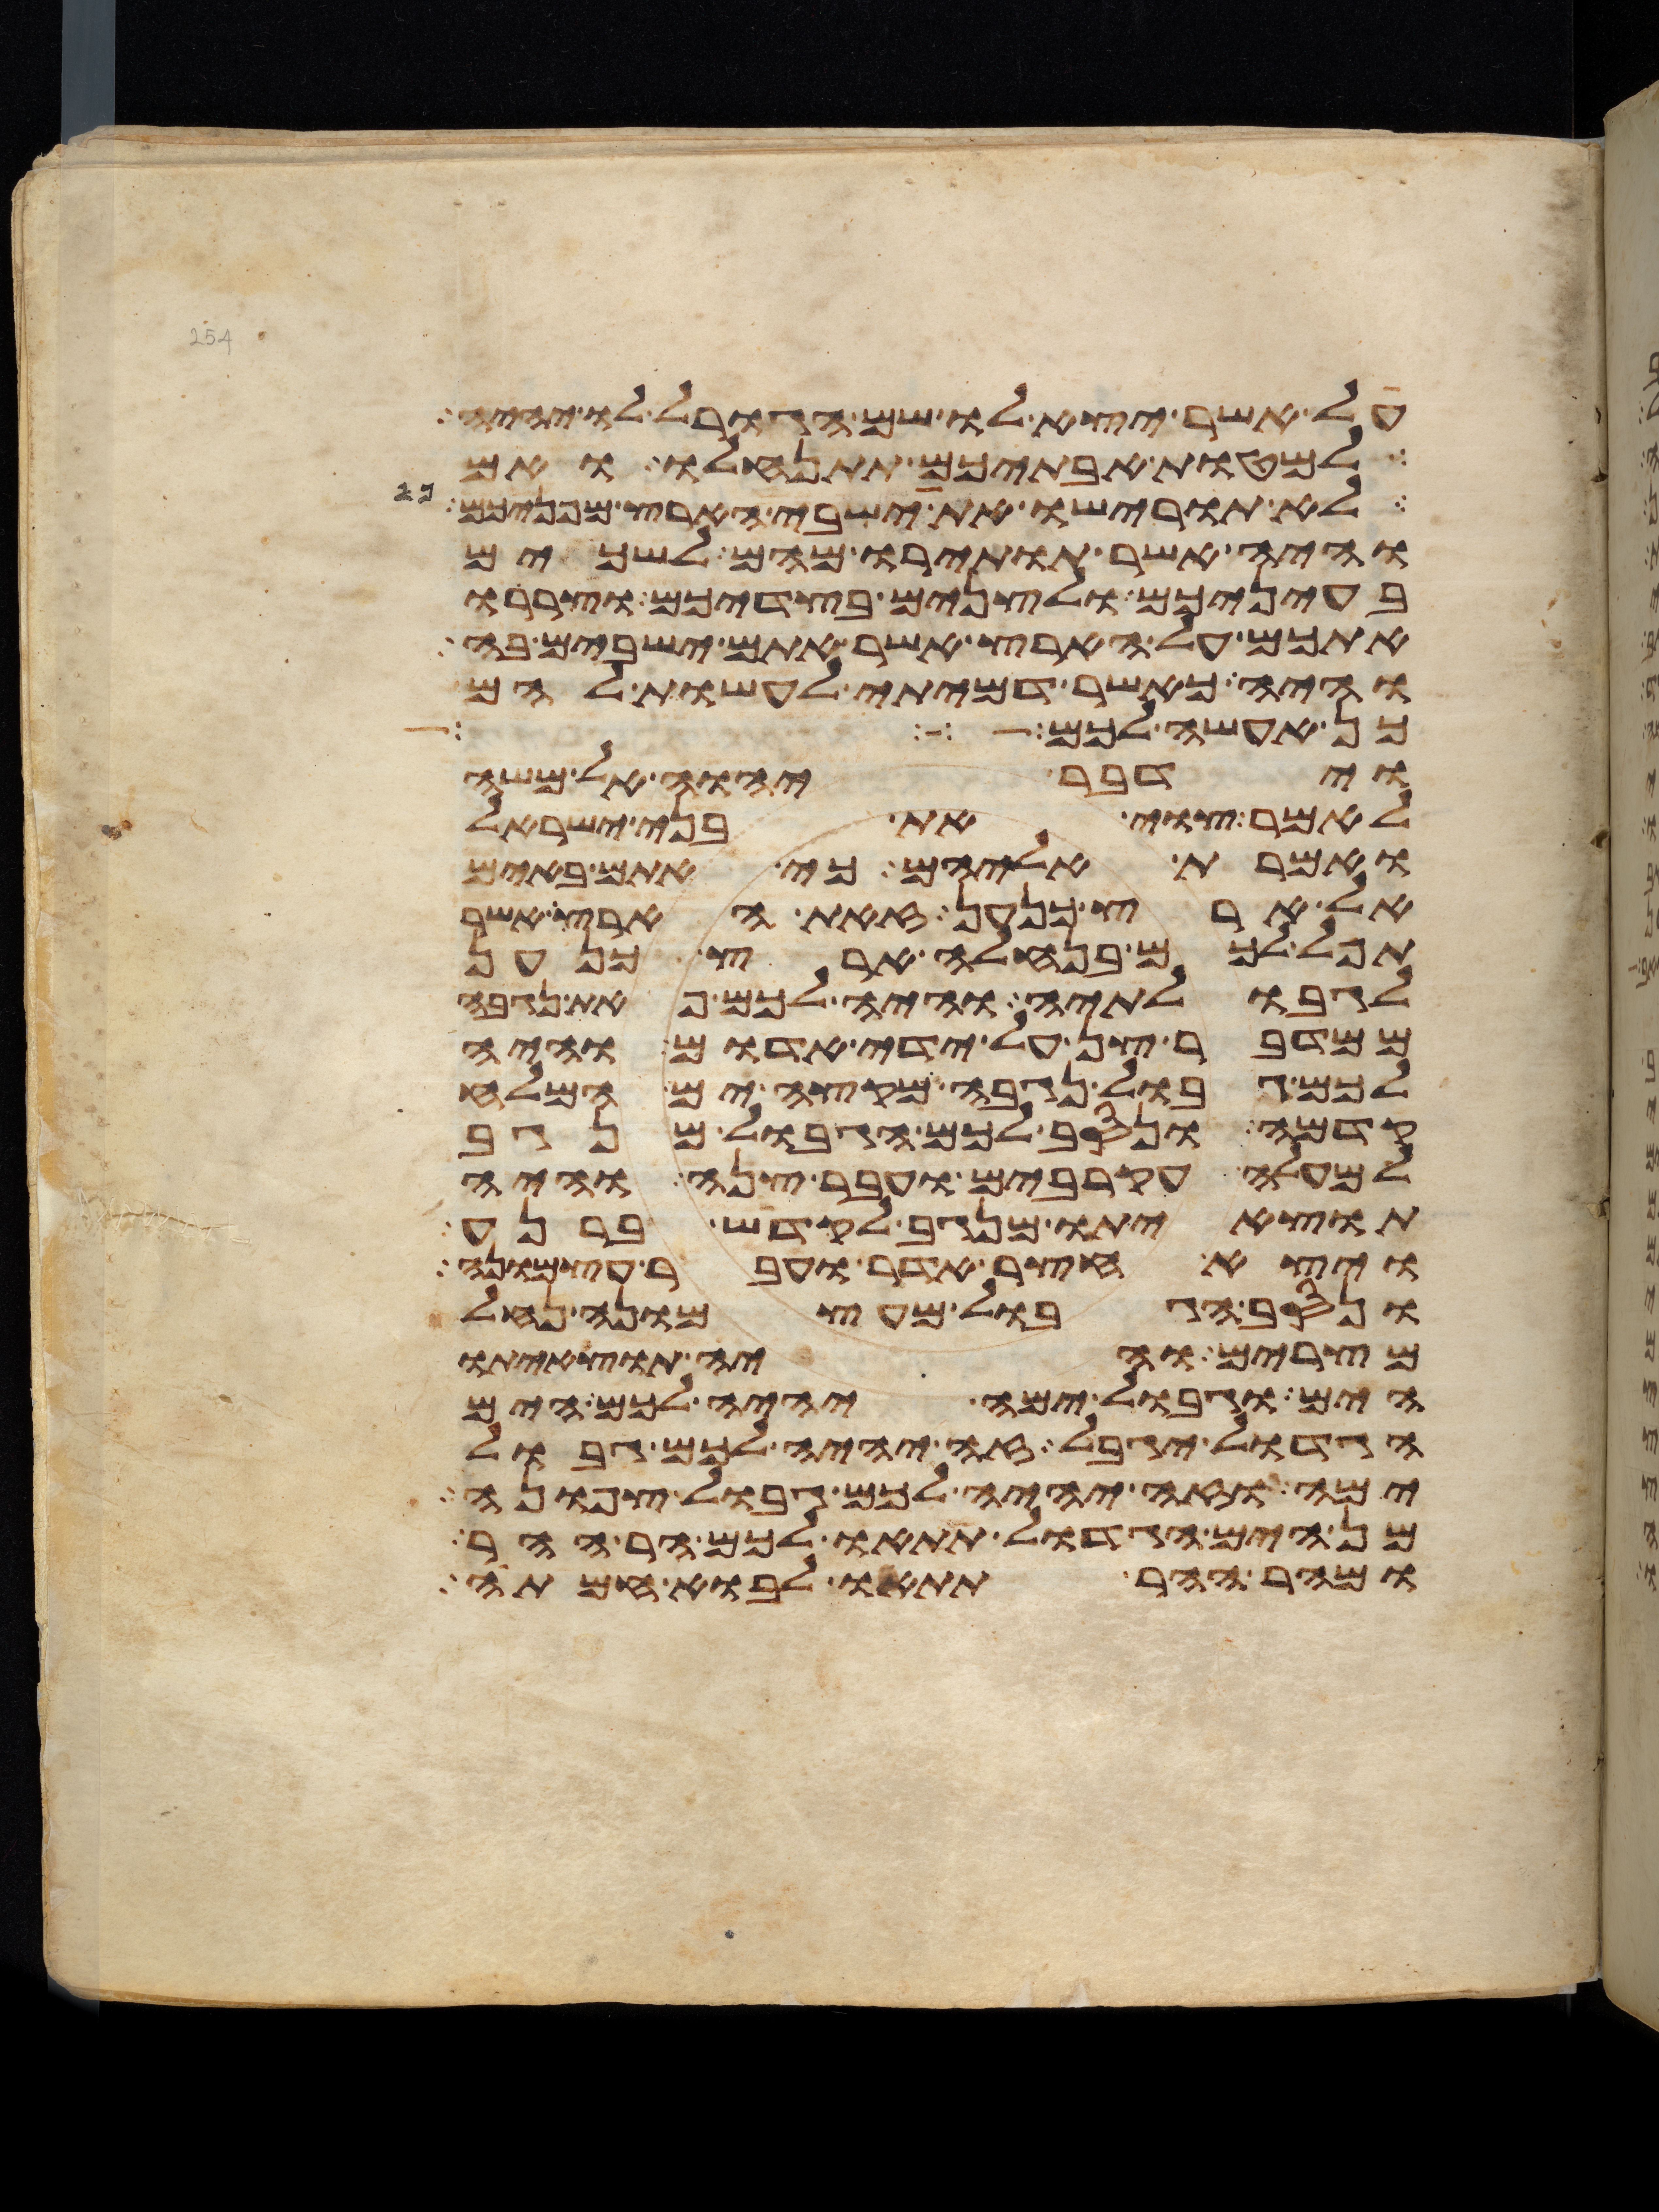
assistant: על אשר יצא לו שם הגורל לו יהיה
למטות אבתיכם תתנחלו ואם
לא תורישו את ישבי הארץ מפניכם
והיה אשר תותירו מהם לשכים
בעיניכם ולצנים בצדיכם וצררו
אתכם על הארץ אשר אתם ישבים בה
והיה כאשר דמיתי לעשות להם
כן אעשה לכם
וידבר יהוה אל משה
לאמר צוי את בני ישראל
ואמרת אליהם כי אתם באים
אל ארץ כנען זאת הארץ אשר
תפל לכם בנחלה ארץ כנען
לגבולתיה והיה לכם פאת נגבה
ממדבר צן על ידי אדום והיה
לכם גבול נגבה מקצה ים המלח
קדמה ונסב לכם הגבול מנגב
למעלה עקרבים ועבר צנה והיה
תוצאיתו מנגב לקדש ברנע
ויצא חצר אדר ועבר עצמונה
ונסב הגבול מעצמונה נחל
מצרים והיה תוצאיתו
הים וגבול ימה יהיה לכם הים
הגדול יגבל זה יהיה לכם גבול
ימה וזה יהיה לכם גבול צפונה
מן הים הגדול תתאו לכם הר ההר
ומהר ההר תתאו לבוא חמתה